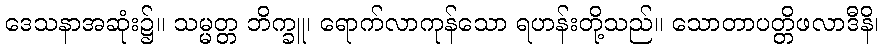
ဒေသနာအဆုံး၌။ သမ္မတ္တ ဘိက္ခူ၊ ရောက်လာကုန်သော ရဟန်းတို့သည်။ သောတာပတ္တိဖလာဒီနိ၊